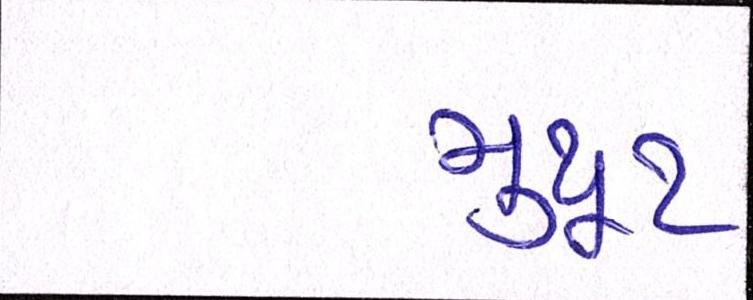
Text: મુથૂટ